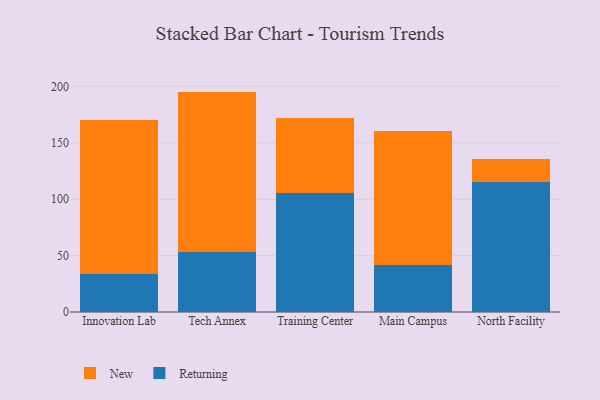
{"axis": {"x": "Campus", "y": "Humidity (%)"}, "legend": ["New", "Returning"], "data": [{"x": "Innovation Lab", "y": 33.5, "type": "Returning"}, {"x": "Innovation Lab", "y": 136.9, "type": "New"}, {"x": "Tech Annex", "y": 53.0, "type": "Returning"}, {"x": "Tech Annex", "y": 142.3, "type": "New"}, {"x": "Training Center", "y": 105.6, "type": "Returning"}, {"x": "Training Center", "y": 66.1, "type": "New"}, {"x": "Main Campus", "y": 41.6, "type": "Returning"}, {"x": "Main Campus", "y": 118.7, "type": "New"}, {"x": "North Facility", "y": 115.0, "type": "Returning"}, {"x": "North Facility", "y": 20.5, "type": "New"}]}